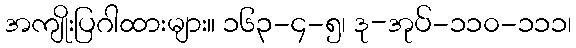
အကျိုးပြဂါထားများ။ ၁၆၃-၄-၅၊ ဒု-အုပ်-၁၁၀-၁၁၁၊